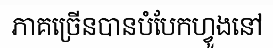
ភាគច្រើនបានបំបែកហ្វូងនៅ